Scottish Certificate of Education, 1963
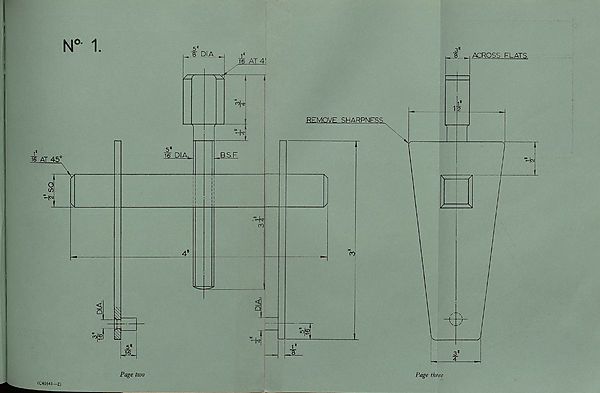
■2 SQ
N°- 1.
i AT 45°
■ H
4=T
5*
S'_DIA.
5?
16 DIA fc
T6 AT 4!
(0|Tt
^k
B.S.F
CO
<
Q
■iT
(C41641—2)
Page two
Page three